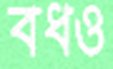
বধও